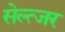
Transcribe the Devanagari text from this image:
सेल्त्जर